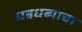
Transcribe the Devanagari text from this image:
धबधब्याचा